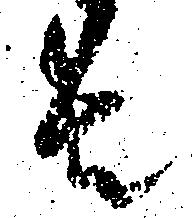
者